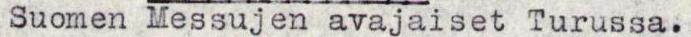
Suomen Messujen avajaiset Turussa.